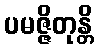
ပမဇ္ဇိတုန္တိ